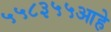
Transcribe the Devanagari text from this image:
५५८३५५आहे